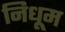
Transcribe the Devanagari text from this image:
निधूम